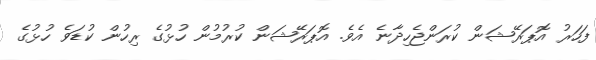
ފަހަރު އޮޕަރޭޝަން ކުރަންޖެހިދާނެ އެވެ. އޮޕަރޭޝަން ކުރުމުން ހުޅުގެ ރިހުން ކުޑަވެ ހުޅުގެ